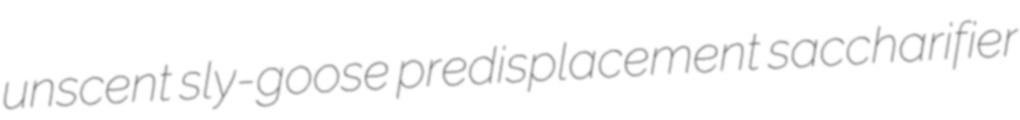
unscent sly-goose predisplacement saccharifier